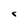
Character: C